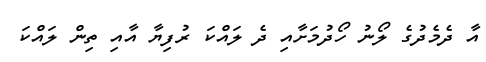
އާ ދެމެދުގެ ލޯނު ހޯދުމަށާއި ދެ ލައްކަ ރުފިޔާ އާއި ތިން ލައްކަ